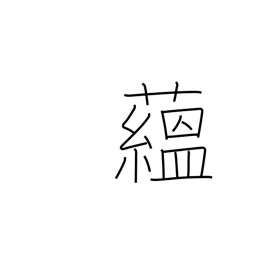
Meaning: pile up